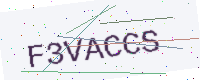
Text: F3VACCS